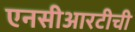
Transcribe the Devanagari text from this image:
एनसीआरटीची